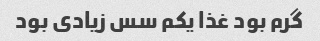
گرم بود غذا یکم سس زیادی بود